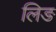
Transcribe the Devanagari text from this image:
लिङ